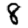
Digit: 8